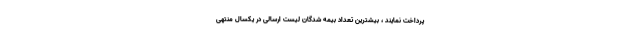
پرداخت نمایند ، بیشترین تعداد بیمه شدگان لیست ارسالی در یکسال منتهی